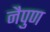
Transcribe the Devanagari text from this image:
नैपुण